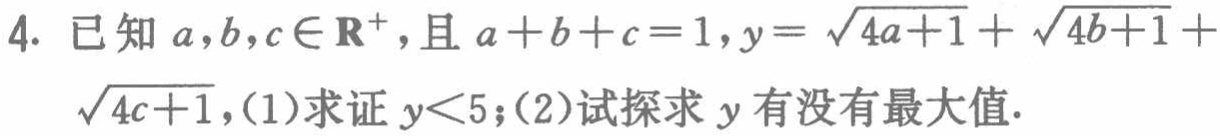
4. 已知\(a,b,c\in\mathbf{R}^{+}\)，且\(a + b + c = 1\)，\(y = \sqrt{4a + 1}+\sqrt{4b + 1}+\sqrt{4c + 1}\)，(1)求证\(y<5\)；(2)试探求\(y\)有没有最大值.